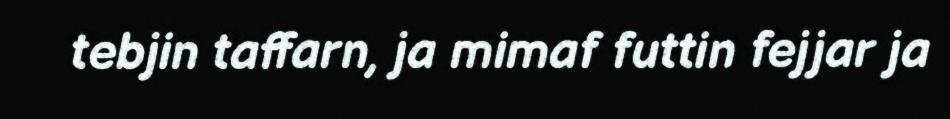
tebjin taffarn, ja mimaf futtin fejjar ja